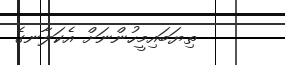
ތިޔަބައިމީހުންނަށް އެކަލާނގެ